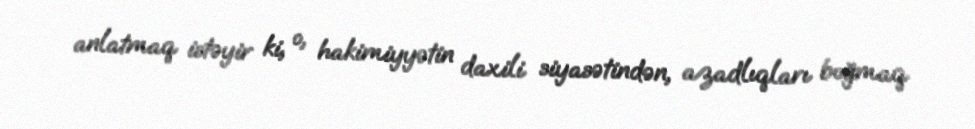
anlatmaq istəyir ki, o, hakimiyyətin daxili siyasətindən, azadlıqları boğmaq